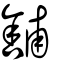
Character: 舖